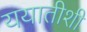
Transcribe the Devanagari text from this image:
ययातीशी